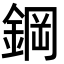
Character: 鋼